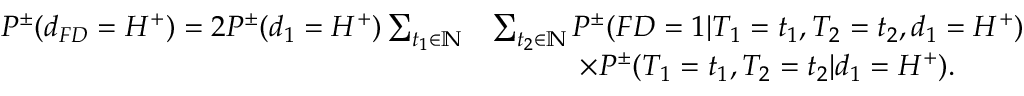
\begin{array} { r l } { P ^ { \pm } ( d _ { F D } = H ^ { + } ) = 2 P ^ { \pm } ( d _ { 1 } = H ^ { + } ) \sum _ { t _ { 1 } \in \mathbb { N } } } & { \sum _ { t _ { 2 } \in \mathbb { N } } P ^ { \pm } ( F D = 1 | T _ { 1 } = t _ { 1 } , T _ { 2 } = t _ { 2 } , d _ { 1 } = H ^ { + } ) } \\ & { \qquad \quad \times P ^ { \pm } ( T _ { 1 } = t _ { 1 } , T _ { 2 } = t _ { 2 } | d _ { 1 } = H ^ { + } ) . } \end{array}